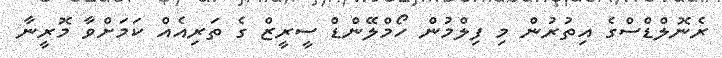
ރެނޮލްޑްސްގެ އިތުރުން މި ފިލްމުން ހޯމްލޭންޑް ސީރީޒް ގެ ތަރިއެއް ކަމަށްވާ މޮރީނާ